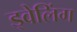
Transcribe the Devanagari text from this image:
ड्वेलिंग